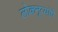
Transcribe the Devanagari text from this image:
लोकनृत्यांचे